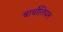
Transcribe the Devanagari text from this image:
बार्थोलियन